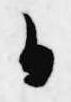
日